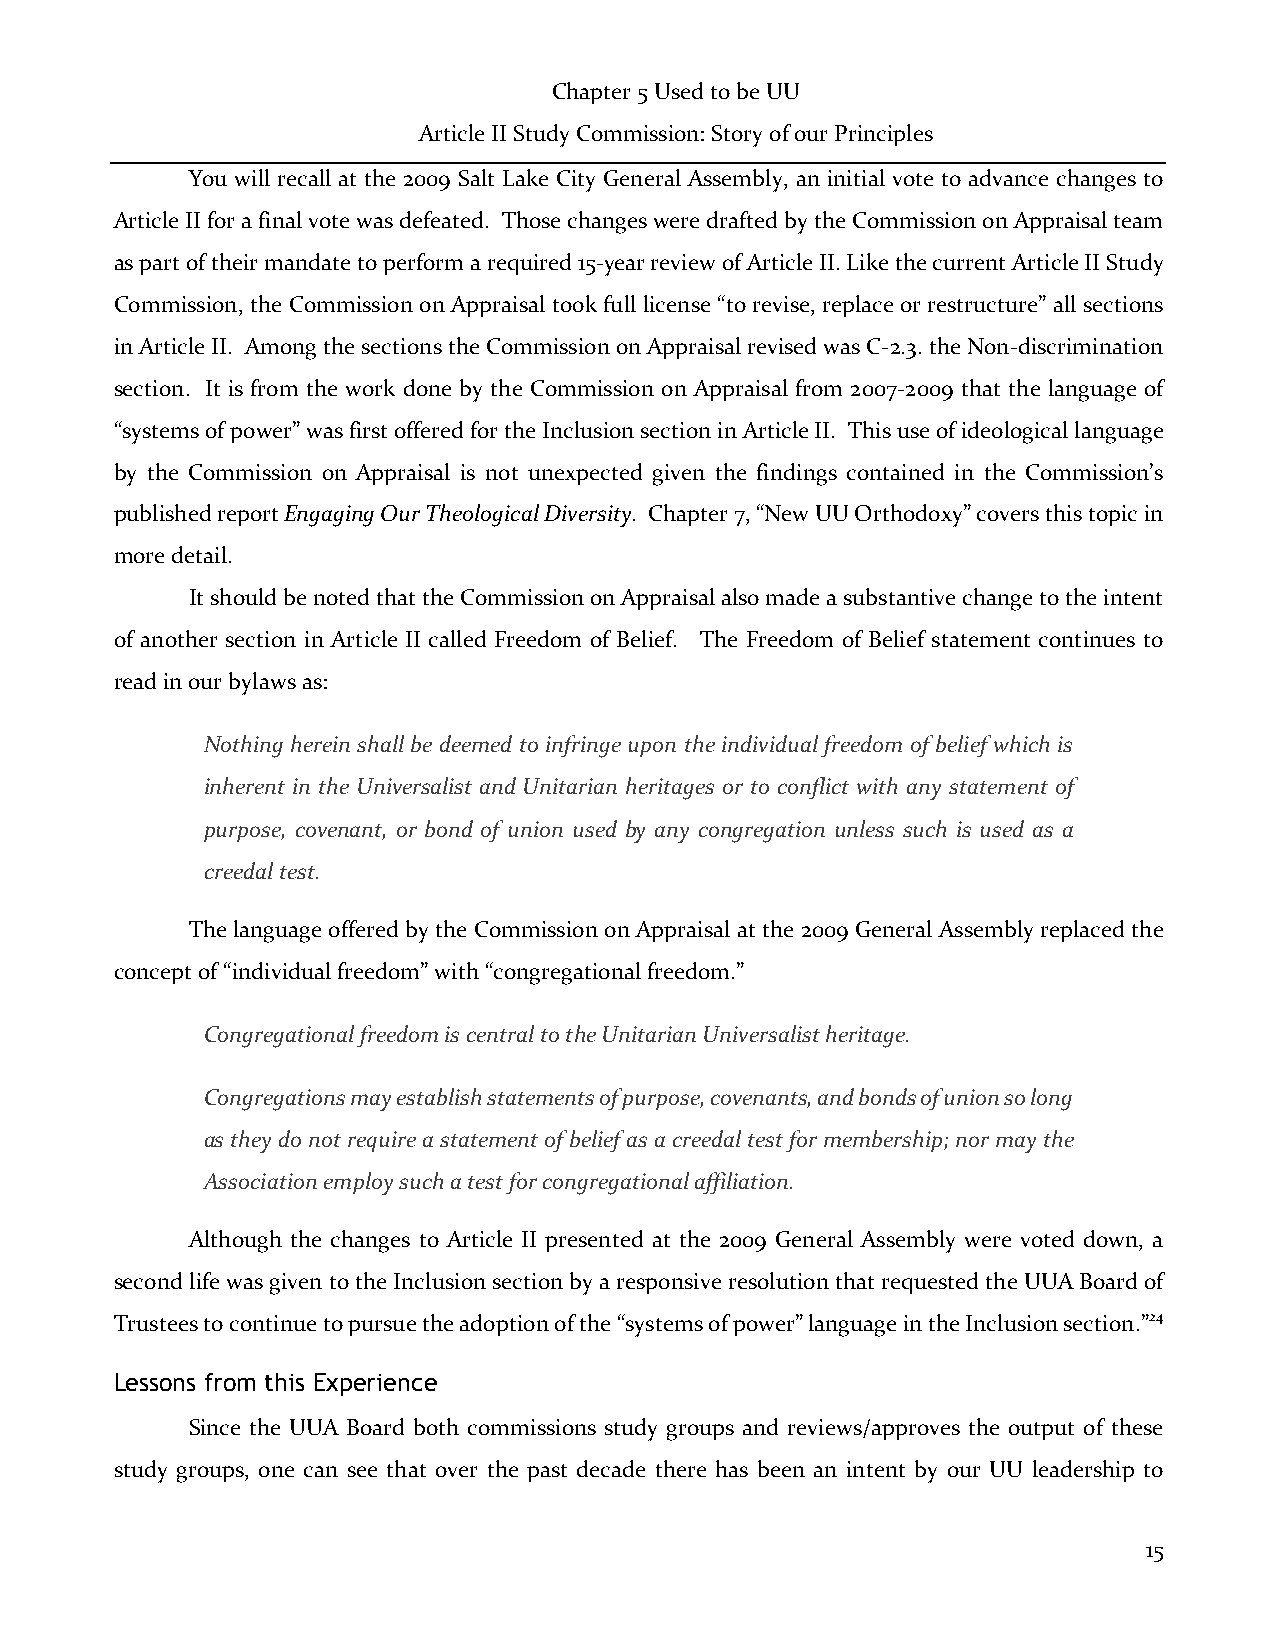
Chapter 5 Used to be UU
 Article II Study Commission: Story of our Principles
 You will recall at the 2009 Salt Lake City General Assembly, an initial vote to advance changes to
 Article II for a final vote was defeated. Those changes were drafted by the Commission on Appraisal team
 as part of their mandate to perform a required 15-year review of Article II. Like the current Article II Study
 Commission, the Commission on Appraisal took full license “to revise, replace or restructure” all sections
 in Article II. Among the sections the Commission on Appraisal revised was C-2.3. the Non-discrimination
 section. It is from the work done by the Commission on Appraisal from 2007-2009 that the language of
 “systems of power” was first offered for the Inclusion section in Article II. This use of ideological language
 by the Commission on Appraisal is not unexpected given the findings contained in the Commission’s
 published report Engaging Our Theological Diversity. Chapter 7, “New UU Orthodoxy” covers this topic in
 more detail.
 It should be noted that the Commission on Appraisal also made a substantive change to the intent
 of another section in Article II called Freedom of Belief. The Freedom of Belief statement continues to
 read in our bylaws as:
 Nothing herein shall be deemed to infringe upon the individual freedom of belief which is
 inherent in the Universalist and Unitarian heritages or to conflict with any statement of
 purpose, covenant, or bond of union used by any congregation unless such is used as a
 creedal test.
 The language offered by the Commission on Appraisal at the 2009 General Assembly replaced the
 concept of “individual freedom” with “congregational freedom.”
 Congregational freedom is central to the Unitarian Universalist heritage.
 Congregations may establish statements of purpose, covenants, and bonds of union so long
 as they do not require a statement of belief as a creedal test for membership; nor may the
 Association employ such a test for congregational affiliation.
 Although the changes to Article II presented at the 2009 General Assembly were voted down, a
 second life was given to the Inclusion section by a responsive resolution that requested the UUA Board of
 Trustees to continue to pursue the adoption of the “systems of power” language in the Inclusion section.”24
 Lessons from this Experience
 Since the UUA Board both commissions study groups and reviews/approves the output of these
 study groups, one can see that over the past decade there has been an intent by our UU leadership to
 15